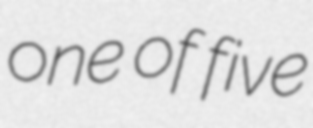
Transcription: one of five